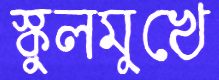
স্কুলমুখে